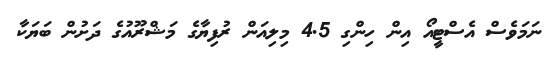
ނަމަވެސް އެސްޓީއޯ އިން ހިންގި 4.5 މިލިއަން ރުފިޔާގެ މަޝްރޫއުގެ ދަށުން ބަޔަކާ